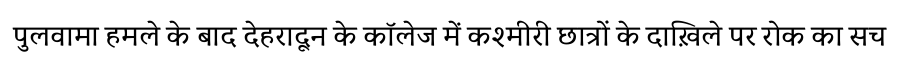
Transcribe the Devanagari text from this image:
पुलवामा हमले के बाद देहरादून के कॉलेज में कश्मीरी छात्रों के दाख़िले पर रोक का सच